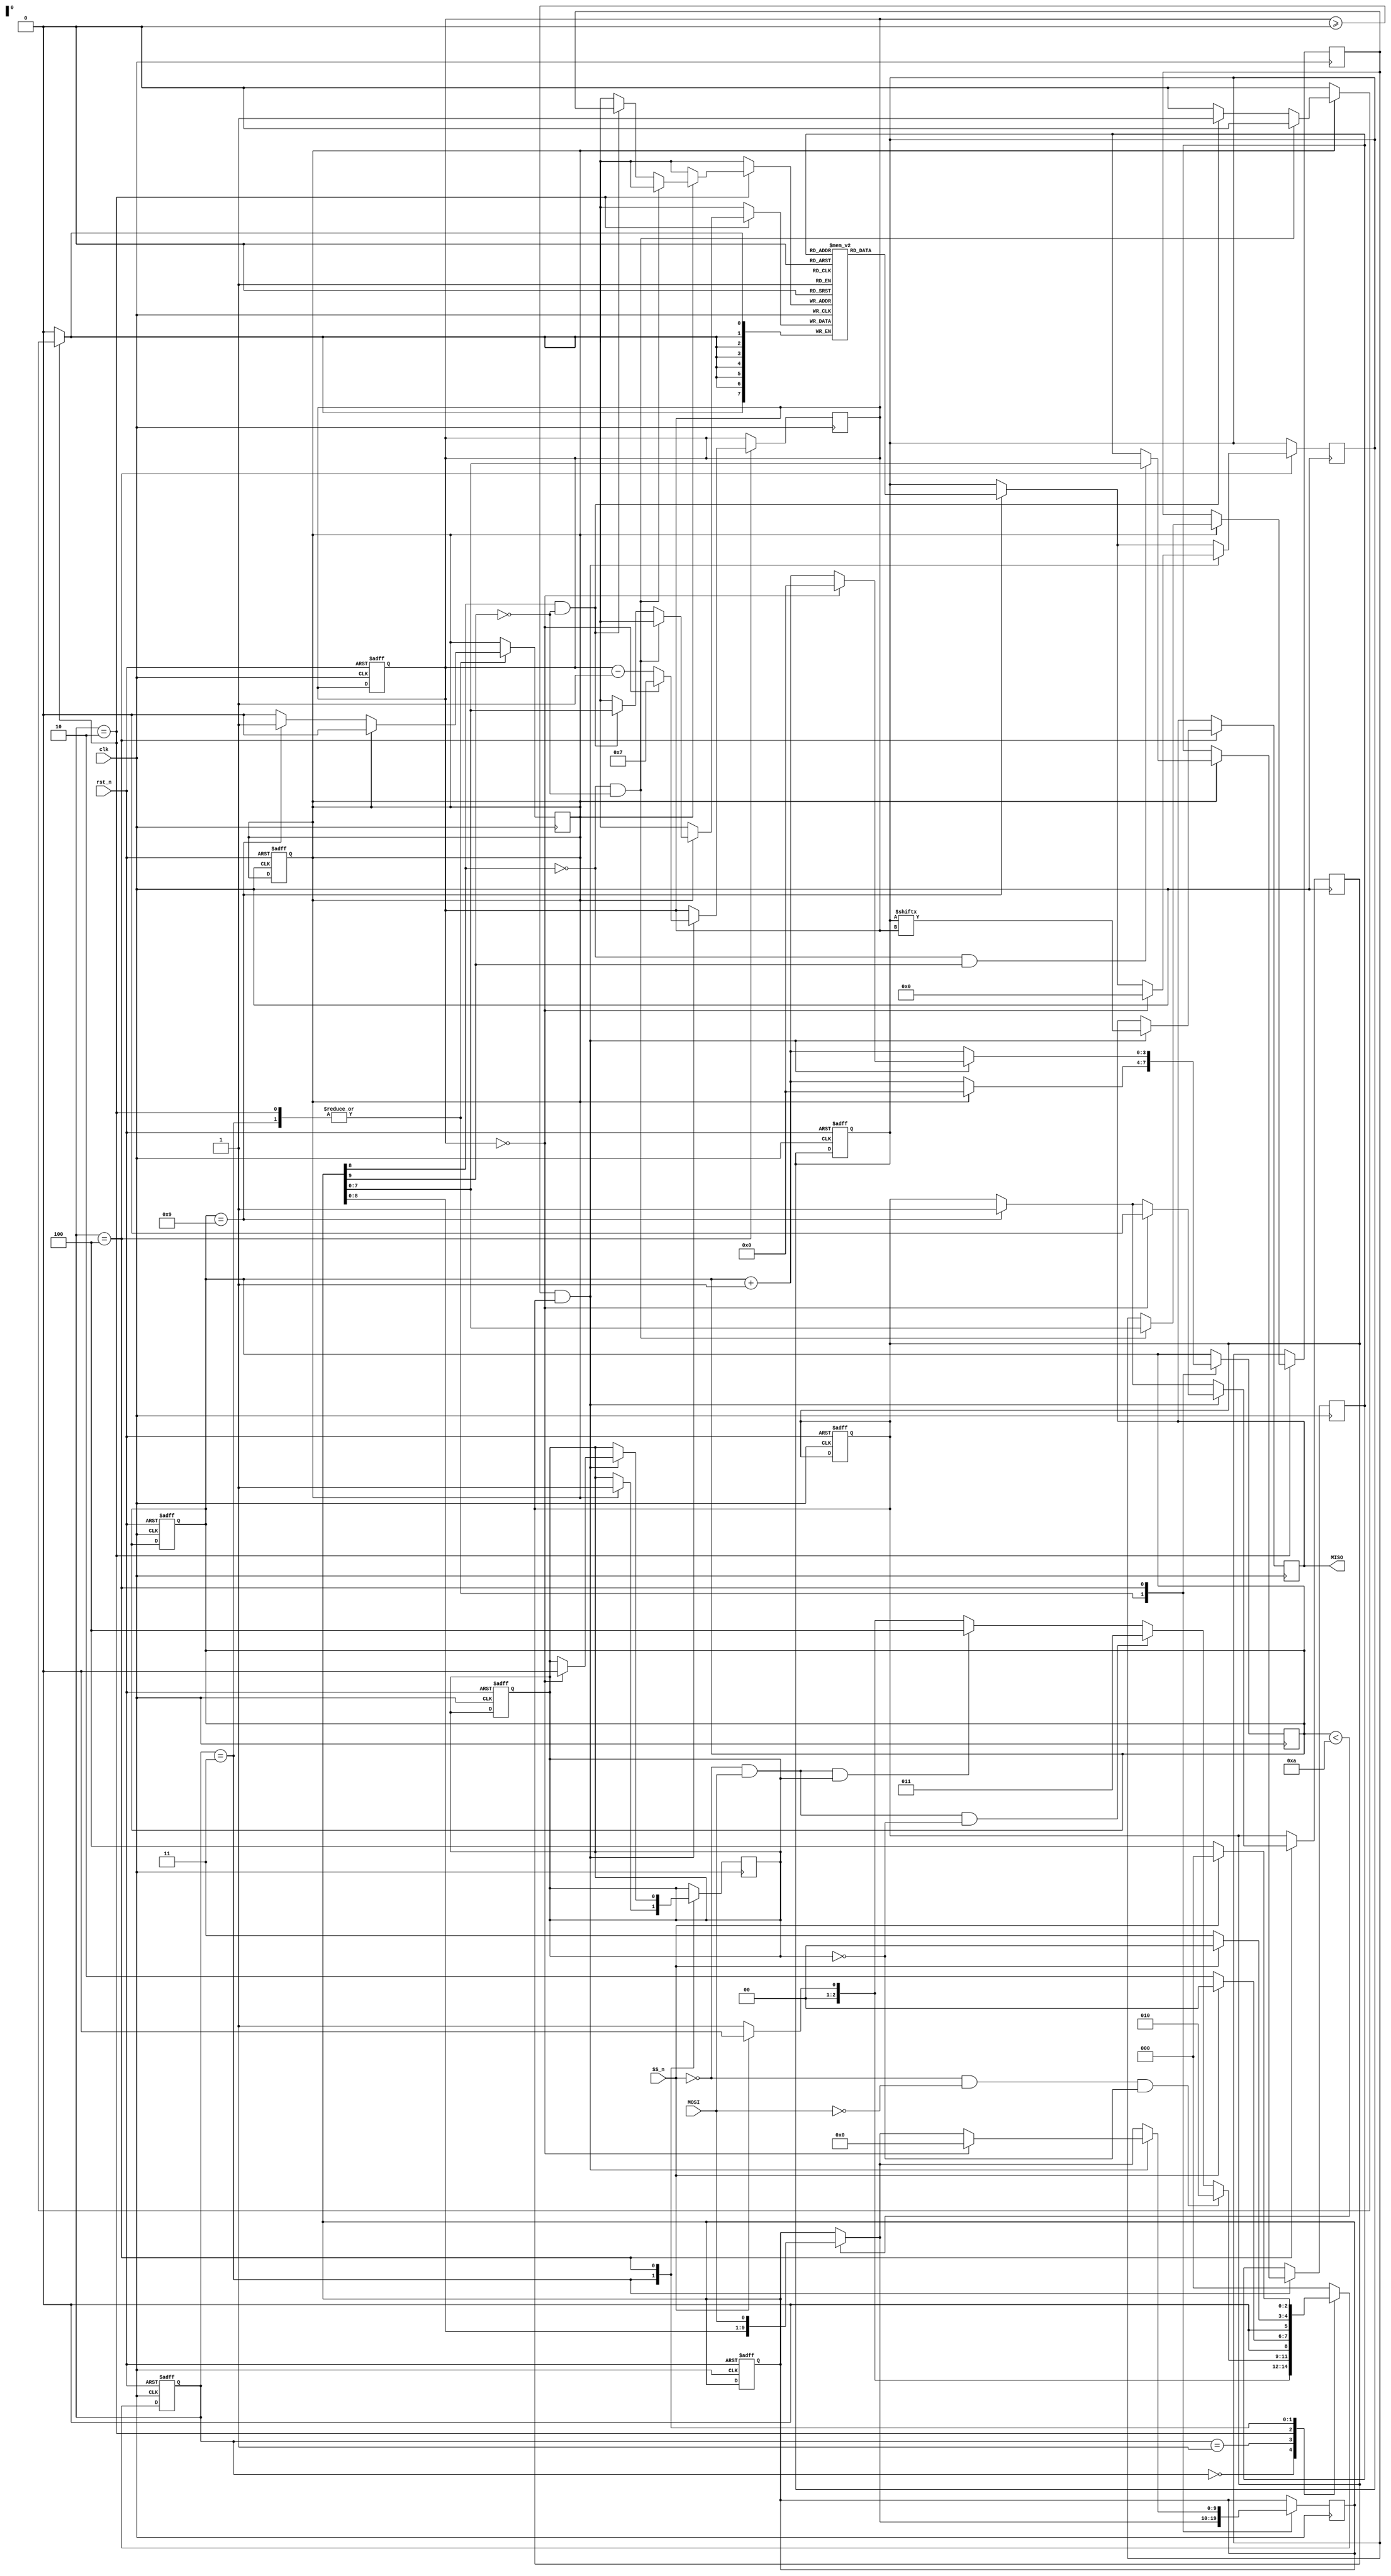
module SPISLAVE(MOSI,MISO,SS_n,clk,rst_n);
//rx_data=din tx_data=dout
input MOSI,SS_n,clk,rst_n;
output reg MISO;
reg [9:0] rx_data;
reg [7:0] tx_data;
reg rx_valid,tx_valid,flag; //flag to diffrentiate betweeen read address and read data
reg [7:0] mem[255:0];
reg [2:0] cs,ns;
reg [3:0] count,count2; //internal signal for the MOSI and MISO count
reg [7:0] wr_add,rd_add;  //internal signal for the address to be written/read

parameter idle=0,chk_cmd=1,write=2,read_addr=3,read_data=4;

always@(cs or SS_n or MOSI) begin
	
	case(cs)

	idle: begin
		
		if(SS_n) begin
			ns=idle;
		end
		else begin
			ns=chk_cmd;
		end

	end

	chk_cmd: begin
		if(SS_n==0&&MOSI==0 && !flag) begin
			ns=write;
		end
		else if(SS_n==0&&MOSI==1&& !flag) begin
			ns=read_addr;
		end
		else if(SS_n==0&&MOSI==1&&flag) begin
			ns=read_data;
		end
		else if(SS_n==1)
			ns=idle;
		else begin
			ns=chk_cmd;
		end
	end

	write: begin

		if(SS_n==1) begin
			ns=idle;
		end
		else begin
			ns=write;
		end


	end

	read_addr: begin

		if(SS_n==1) begin
			ns=idle;
		end
		else begin
			ns=read_addr;
		end
	end

	read_data: begin

		if(SS_n==1) begin
			ns=idle;
		end
		else begin
			ns=read_data;
		end
	end

	default: ns=idle;
	endcase


end


always@(posedge clk or negedge rst_n) begin
	
	if(!rst_n) begin
		cs<=idle;
		count<=0;
		count2<=7;
		rx_valid<=0;
		tx_valid<=0;
		flag<=0;
		rx_data<=0;
		tx_data<=0;
	end
	else begin
		cs<=ns;
		
	end
end




always@(posedge clk) begin
	case(cs)
	write: begin
		if(count<10)
			rx_data<={rx_data[8:0],MOSI}; //takes the MOSI and shifts register if count is less than 10
			count<=count+1;
			if(count==9) begin
			rx_valid<=1; //rx valid to inform memory that it will receive data or the write addr to receive address
		end
	
		if(rx_valid==1)begin
			if(rx_data[8]==0&&rx_data[9]==0)begin
				wr_add<=rx_data[7:0]; //stores the address in internal signal if most significant bits are 00

			end
			else if(rx_data[8]==1 && rx_data[9]==0)begin
				mem[wr_add]<=rx_data[7:0]; //stores the data in memory address previously saved in wr_add if most significant bits are 01
			end
			count<=0; //resets the count and rx valid
			rx_valid<=0;
		end
	end
	read_addr:begin
			if(count<10) 
			rx_data<={rx_data[8:0],MOSI}; //takes the MOSI and shifts register if count is less than 10
			count<=count+1;
			if(count==9) begin
			rx_valid<=1; //rx valid to inform rd_add that it will receive address
			end
	
			if(rx_valid==1)begin
			if(rx_data[8]==0&&rx_data[9]==1)begin //stores the address in internal signal if most significant bits are 10
				rd_add<=rx_data[7:0];
				end
			count<=0;  //resets the count and rx valid
			rx_valid<=0;
			flag<=1; //flag==1 to go to read memory not address in the next case
		end

	end

	read_data:begin
		if(count<10) begin  
		rx_data<={rx_data[8:0],MOSI}; //takes the MOSI and shifts register if count is less than 10
		end
		count<=count+1;
		if(count==9)begin
			tx_valid<=1; //tx valid to inform the slave that it will load data out on MISO from tx data
			tx_data<=mem[rd_add]; 
			end
		if(count2>=0 && tx_valid)begin
			MISO<=tx_data[count2]; //MISO takes data from tx data
			
			count2<=count2-1;
			if(count2==0)begin
				tx_valid<=0;
				tx_data<=0;
				count2<=7;
				flag<=0; //flag=0 to go in the next time to read address not read data
				count<=0;
				rx_data<=0;
			end
		end
		
	end

		
	endcase
end


endmodule